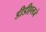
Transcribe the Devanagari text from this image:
डीडीएलजे